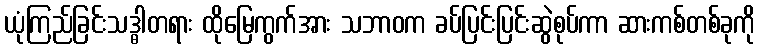
ယုံကြည်ခြင်းသဒ္ဓါတရား ထိုမြေကွက်အား သဘာဝက ခပ်ပြင်းပြင်းဆွဲစုပ်ကာ ဆားကစ်တစ်ခုကို